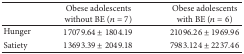
<table><thead><tr><td><b> </b></td><td><b>Obese adolescents without BE (<i>n</i> = 7)</b></td><td><b>Obese adolescents with BE (<i>n</i> = 6)</b></td></tr></thead><tbody><tr><td>Hunger </td><td>17079.64 ± 1804.19</td><td>21096.26 ± 1969.96</td></tr><tr><td>Satiety </td><td>13693.39 ± 2049.18</td><td>7983.124 ± 2237.46</td></tr></tbody></table>